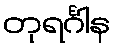
တုရင်္ဂါန